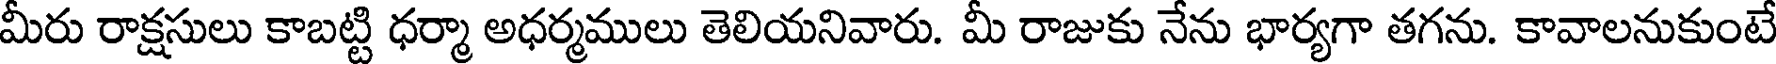
మీరు రాక్షసులు కాబట్టి ధర్మా అధర్మములు తెలియనివారు. మీ రాజుకు నేను భార్యగా తగను. కావాలనుకుంటే